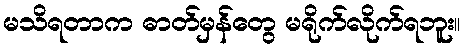
မသိရတာက ဓာတ်မှန်တွေ မရိုက်လိုက်ရဘူး။